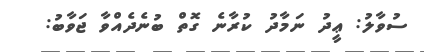
ސުވާލު: ޢީދު ނަމާދު ކުރާނެ ގޮތް ބުނެދެއްވާ ޖަވާބު: